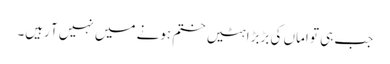
جب ہی تو اماں کی بڑبڑاہٹیں ختم ہونے میں نہیں آ رہیں۔